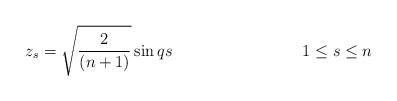
LaTeX: \begin{align*}z_s=\sqrt{\frac{2}{(n+1)}}\sin qs\qquad\qquad\qquad\qquad1\leq s\leq n\end{align*}